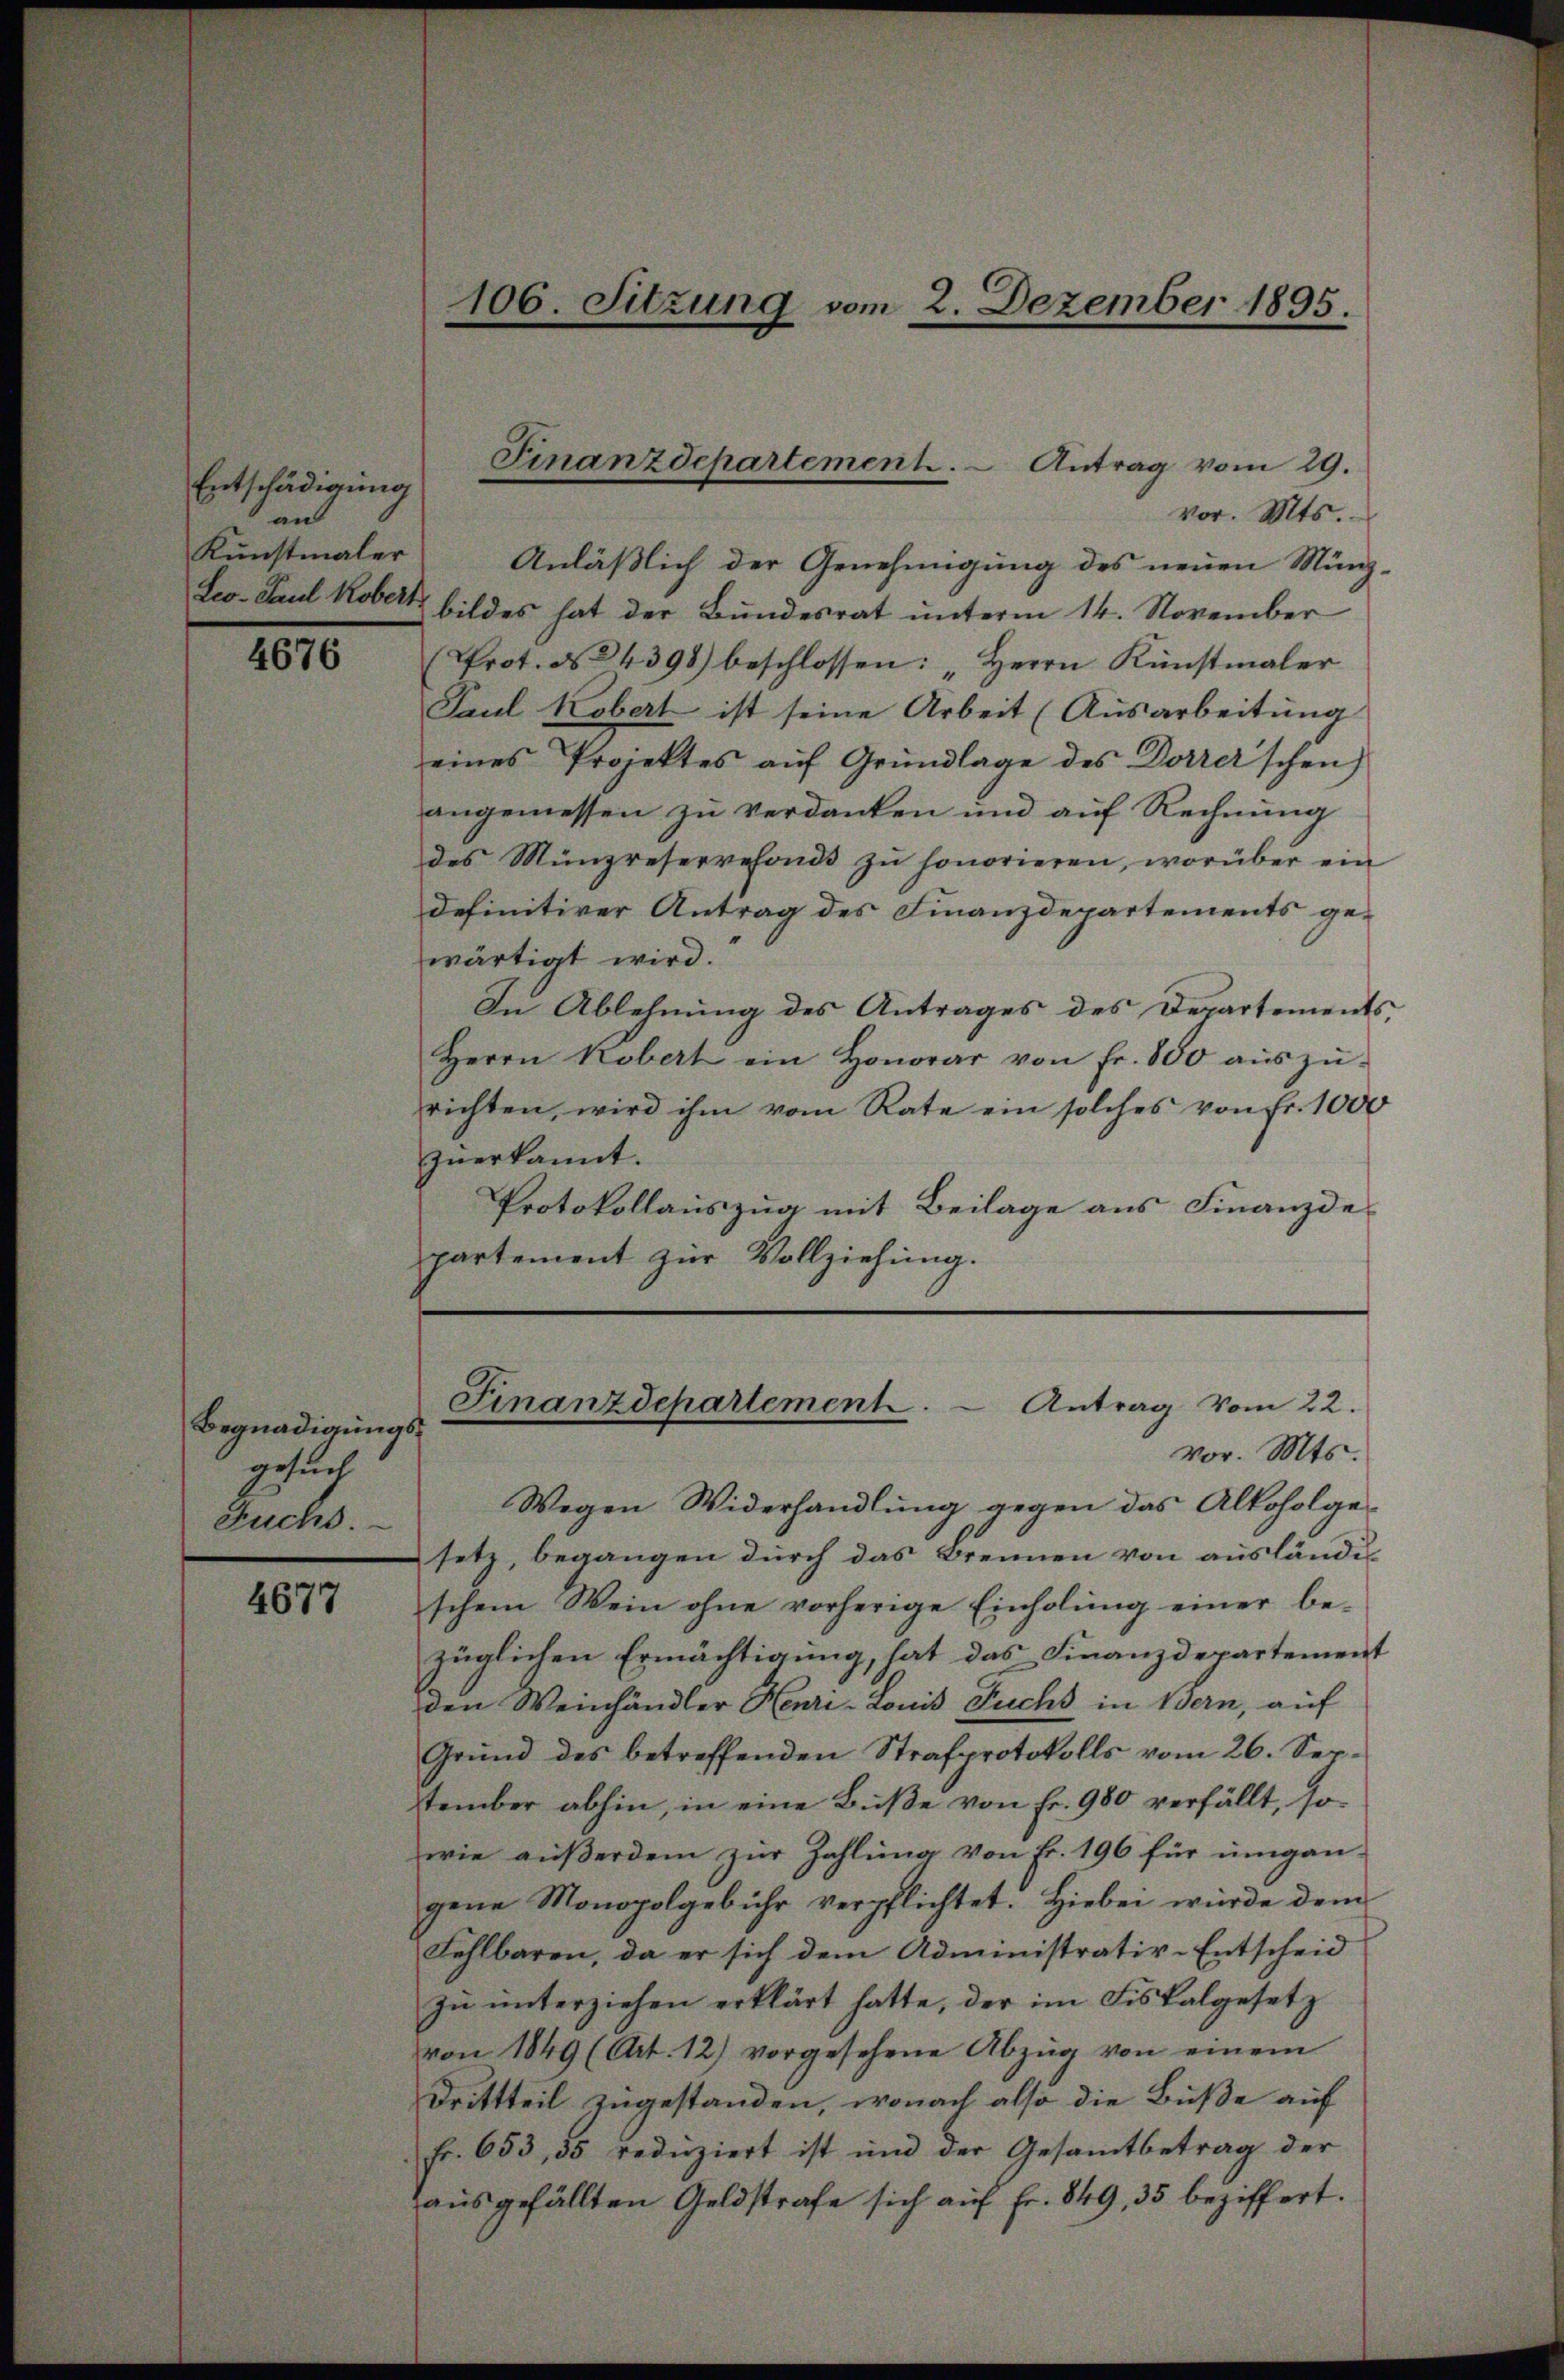
Entschädigung
an

4676

Begnadigungsgesuch
Fuchs.

4677

vor. Mts.
Kunstmaler Anläßlich der Genehmigung des neuen Münz-
Leo. Paul Kobert bildes hat der Bundesrat ŭnterm 14. November
(Prot. N. 24398) beschlossen: Herrn Künstmaler
Paul Kobert ist seine Arbeit (Ausarbeitung
eines Projektes auf Grundlage des Dorrer’schen
angemessen zu verdanken und auf Rechnung
des Münzreservefonds zŭ honorieren, worüber ein
definitiver Antrag des Finanzdepartements gewärtigt wird.
In Ablehnung des Antrages des Departements
Herrn Kobert ein Honorar von fr. 800 aŭszŭ-
richten, wird ihm vom Rate ein solches von fr. 1000
zŭerkannt.
Protokollauszug mit Beilage aus Finanzde-
partement zur Vollziehung.
Finanzdepartement. - Antrag vom 22.
vor. Mts.
Wegen Widerhandlung gegen das Alkoholge
setz, begangen durch das Brennen von ausländis
schem Wein ohne vorherige Einholung einer be-
züglichen Ermächtigung, hat das Finanzdepartement
den Weinhändler Henri-Louis Fuchs in Bern, auf
Grŭnd des betreffenden Strafprotokolls vom 26. Sepstember abhin, in eine Bŭβe von Fr. 980 verfällt, so
wie aŭβerdem zŭr Zahlŭng von Fr. 196 für umgan
gene Monopolgebühr verpflichtet. Hiebei wurde dem
Fehlbaren, da er sich dem Administrativ-Entscheid
zu unterziehen erklärt hatte, der im Fiskalgesetz
von 1849 (Art. 12) vorgesehene Abzŭg von einem
Drittteil zugestanden, wonach also die Buße auf
fr. 653, 35 redŭziert ist und der Gesamtbetrag der
ausgefällten Geldstrafe sich auf Fr. 849, 35 beziffert.

106. Sitzung vom 2. Dezember 1895.

Finanzdepartement. - Antrag vom 29.